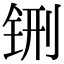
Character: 铏